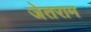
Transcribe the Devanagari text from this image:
जेतराम